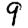
Digit: 9